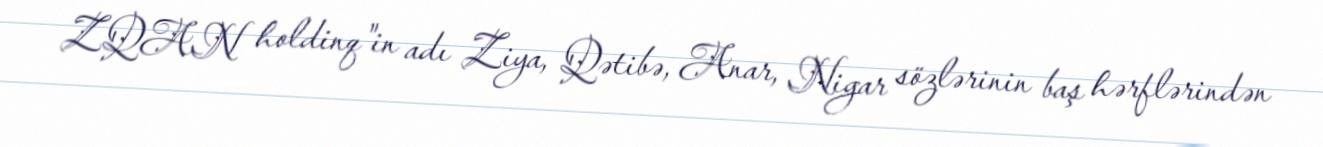
ZQAN holdinq"in adı Ziya, Qətibə, Anar, Nigar sözlərinin baş hərflərindən